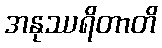
အနုဿရိတာတိ